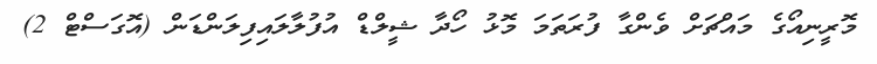
މޮރީނިއޯގެ މައްޗަށް ވެންގާ ފުރަތަމަ މޮޅު ހޯދާ ޝީލްޑް އުފުލާލައިފިލަންޑަން (އޮގަސްޓް 2)